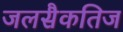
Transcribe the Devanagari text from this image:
जलसैकतिज